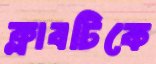
ক্লাবটিকে